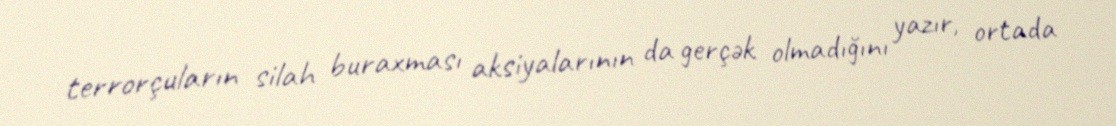
terrorçuların silah buraxması aksiyalarının da gerçək olmadığını yazır, ortada